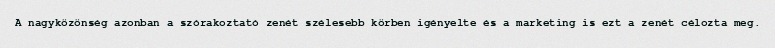
A nagyközönség azonban a szórakoztató zenét szélesebb körben igényelte és a marketing is ezt a zenét célozta meg.